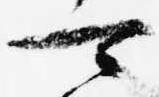
可